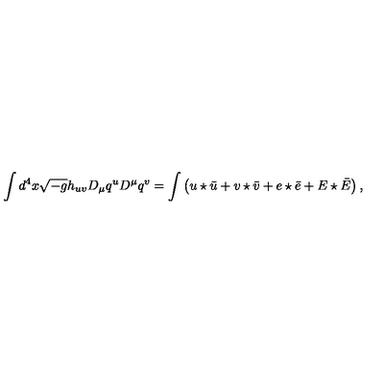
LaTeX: \int d ^ { 4 } x \sqrt { - g } h _ { u v } D _ { \mu } q ^ { u } D ^ { \mu } q ^ { v } = \int \left( u \star \bar { u } + v \star \bar { v } + e \star \bar { e } + E \star \bar { E } \right) ,